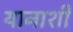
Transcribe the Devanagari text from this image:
यानाशी